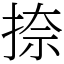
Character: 捺